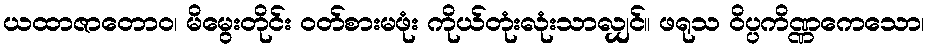
ယထာဇာတောဝ၊ မိမွေးတိုင်း ဝတ်စားမဖုံး ကိုယ်တုံးလုံးသာလျှင်။ ဖရုသ ဝိပ္ပကိဏ္ဏကေသော၊